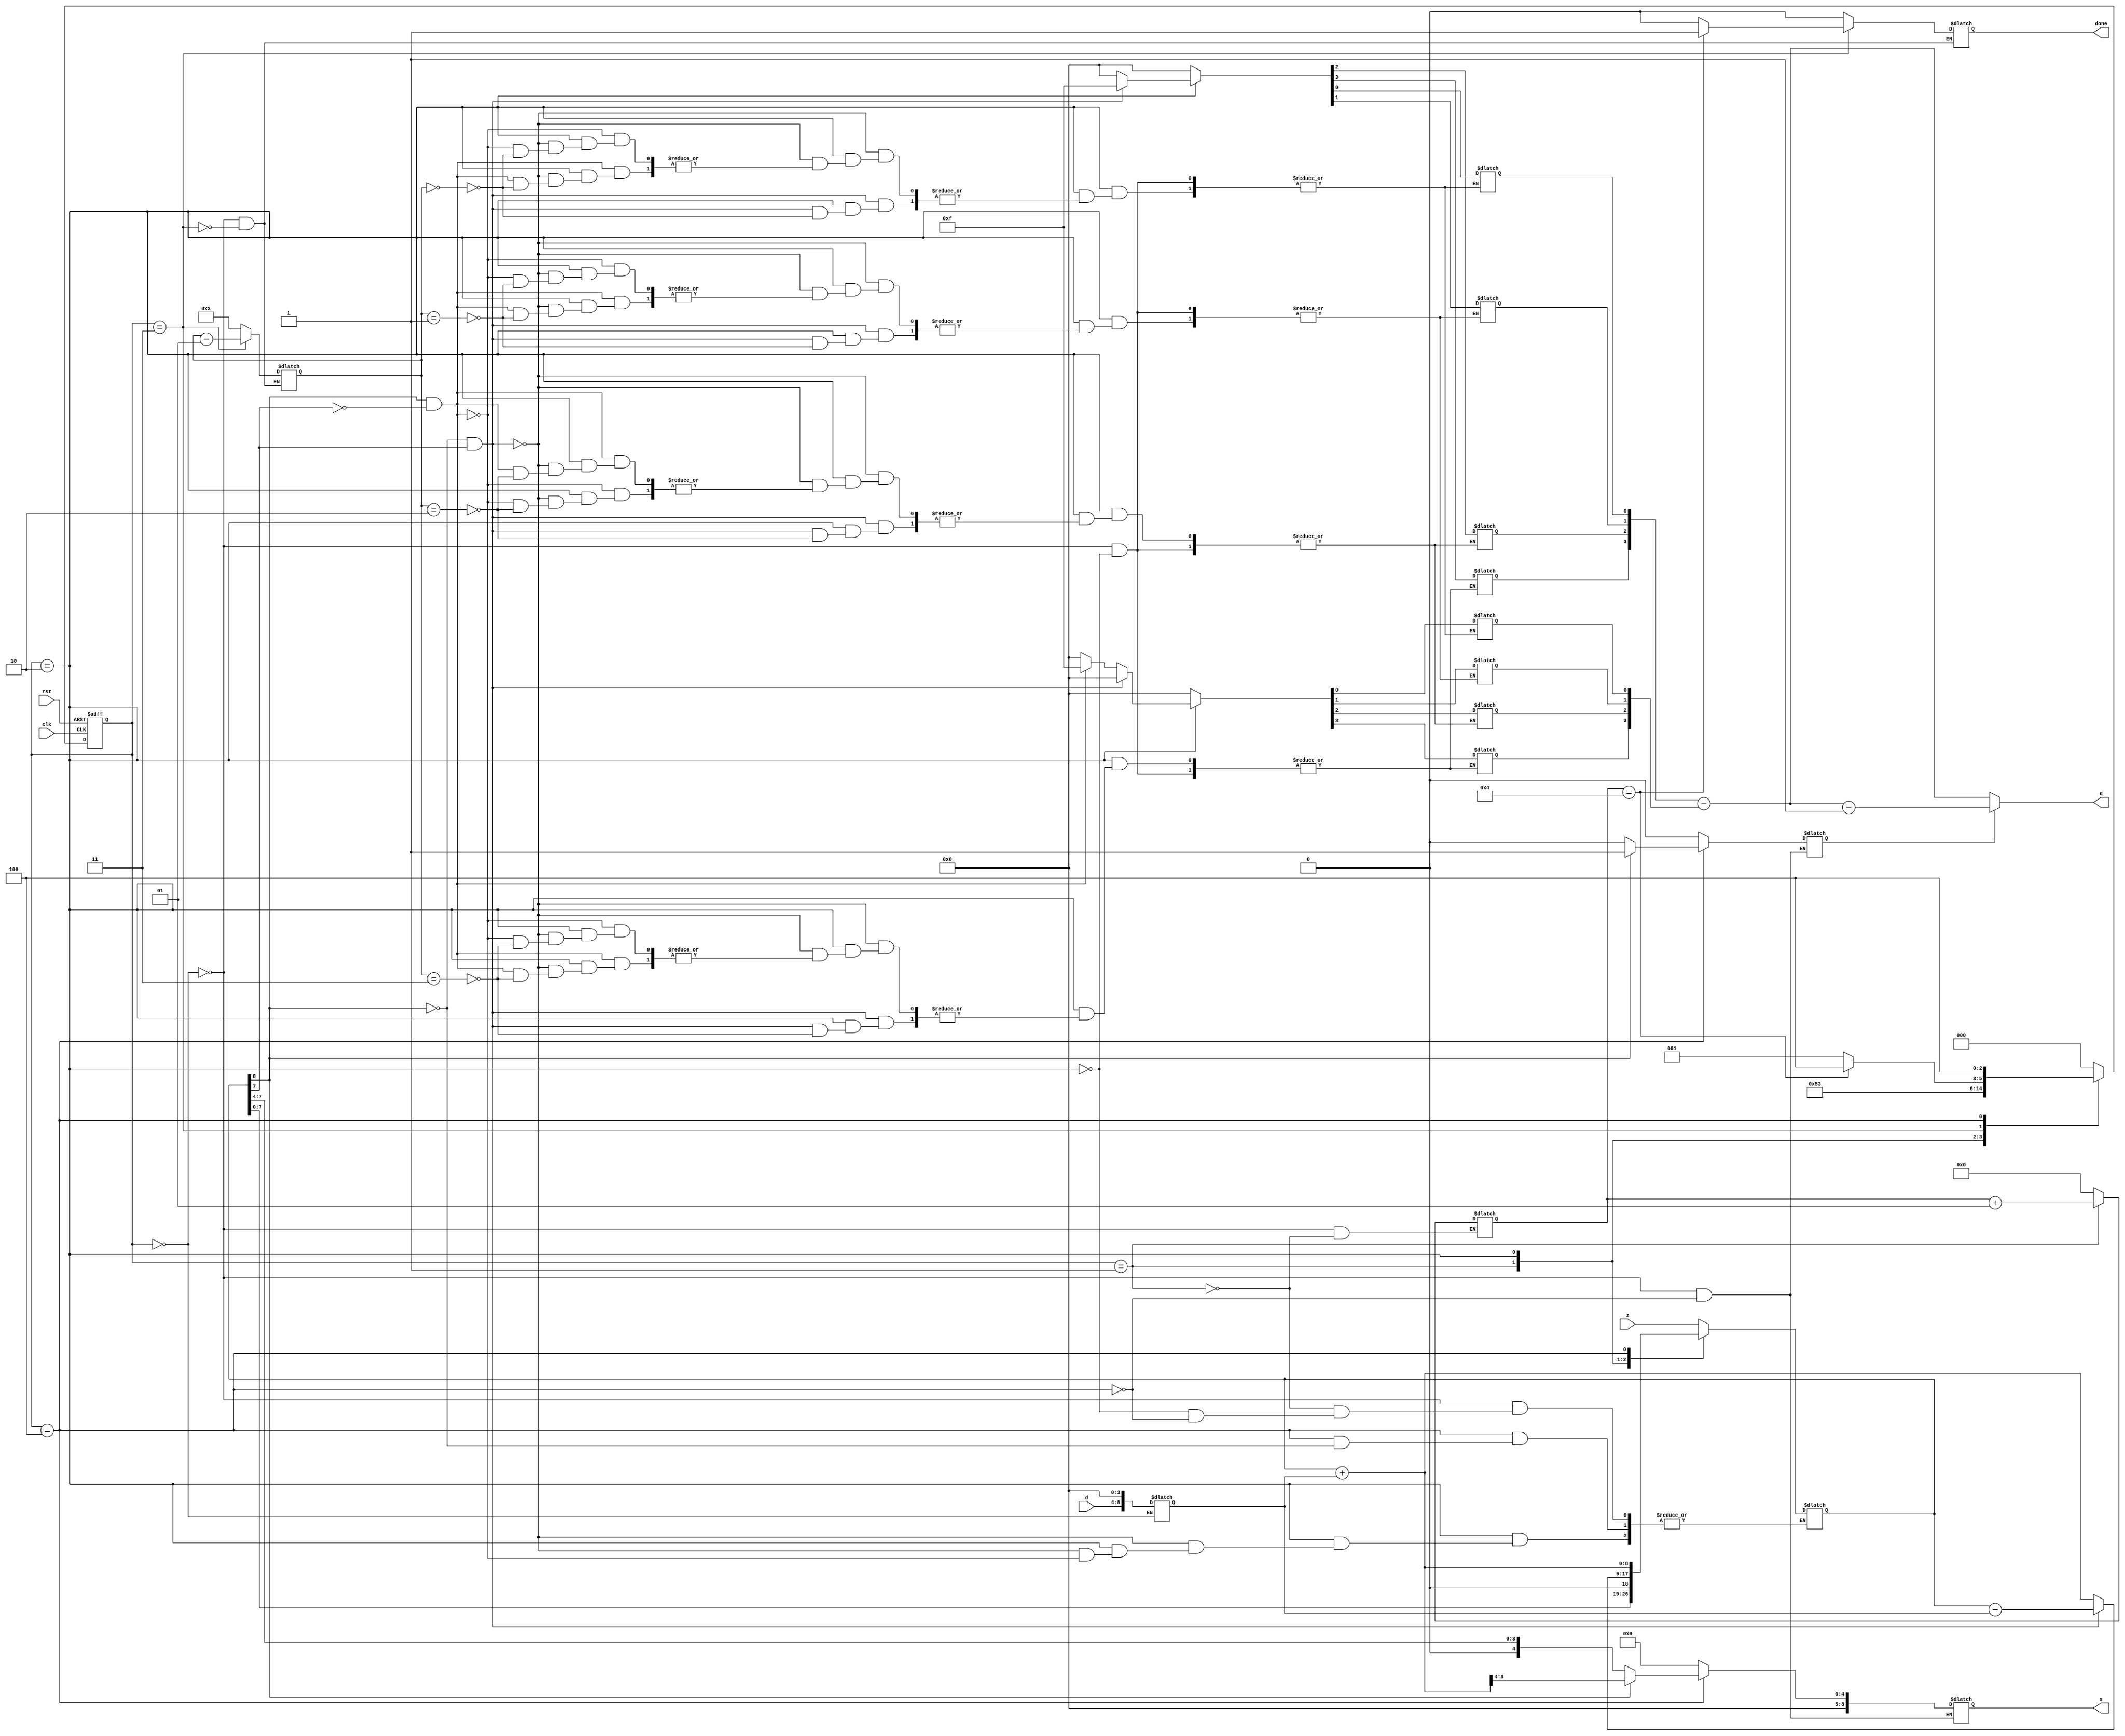
`timescale 1ns / 1ps



module SRT(
input wire[8:0] z, //0.x1x2x3x4x5...
input wire[4:0] d, //0.d1d2d3d4....
output wire [3:0] q,
output wire[8:0] s,
input wire clk,
input wire rst,
output wire done
    );
    
reg[8:0] s_reg;
reg[8:0] s_final;
reg correction;

reg done_reg;
reg[3:0] q_reg = 0;
integer i = 0;

reg[3:0] q_negative = 0;
reg[8:0] val;

integer msb = 4;


localparam[2:0] S0 = 0, S1=1, S2=2, S3=3, S4=4;

reg[2:0] state_present, state_next;

always@(posedge clk, posedge rst) //asyncronous reset
begin
    if(rst)
        state_present <= S0;
    else
        state_present <= state_next;
end

always@(state_present)
begin
    case(state_present)
    
    S0: //load initial values
    begin
        s_reg = z;
        s_final = 0;
        val = {d, 4'b0000};
        q_reg = 0;
        q_negative = 0;
        state_next = S1;
        done_reg = 0;
        msb=3;
        i = 0;
        correction = 0;
    end
    
    S1: //shifting
    begin
        s_reg = s_reg << 1; 
        i=i+1;
         
        $display("i=%d", i);
        $display("msb=%d" , msb);
        state_next = S2;
    end
    
    S2: //quotient and remainder calculation
    begin
        if(s_reg[8] == 1'b0 && s_reg[7] == 1'b1) 
        begin            
            s_reg = s_reg - val;
            q_reg[msb] = 1'b1; 
            q_negative[msb] = 1'b0;             
            state_next = S3;
        end
        
        else if(s_reg[8] == 1'b1 && s_reg[7] == 1'b0) 
        begin        
            s_reg = s_reg + val;
            q_reg[msb] = 1'b0; 
            q_negative[msb] = 1'b1;  
            state_next = S3; 
        end
        
        else
        begin        
                    
            q_reg[msb] = 1'b0; 
            q_negative[msb] = 1'b0;  
            state_next = S3;
        end
        
    end
    
    S3: //check if remainder and divisor are the same length
    begin
    
        msb = msb-1;
        if(i==4)
        begin
            done_reg = 1;
            state_next = S4;
        end  
        else
        begin
            done_reg = 0;
            state_next = S1;
        end 
    end
    
    S4:
    begin
    
        //load final output
        if(s_reg[8] == 1'b1) //if remainder is negative then perform correction
        begin
            correction = 1'b1;
            s_reg = s_reg + val;
            s_final = {4'b0000, s_reg[8:4]}; 
            state_next = S4; 
            
        end
        
        else
        begin
            correction = 1'b0;
            s_reg = s_reg;
            s_final = {4'b0000, s_reg[8:4]};  
            state_next = S4;
        end
        
    end
    
    default: state_next = S0;
    
    
    endcase
    
end

assign q = (!correction) ? ((q_reg - q_negative)) : ((q_reg - q_negative)-1);
assign done = done_reg;
assign s = s_final;

endmodule